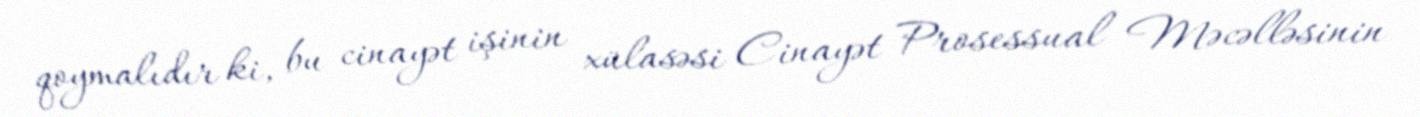
qoymalıdır ki, bu cinayət işinin xülasəsi Cinayət Prosessual Məcəlləsinin